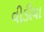
વીડીયા